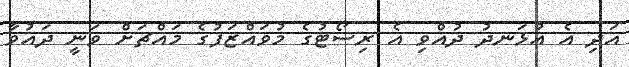
އަދި އެ އުޅަނދު ދުއްވި އެ ރިސޯޓުގެ މުވައްޒަފުގެ މައްޗަށް ވަނީ ދައުވާ